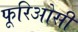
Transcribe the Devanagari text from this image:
फूरिओसी